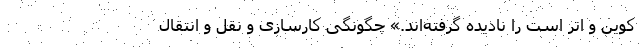
کوین و اتر است را نادیده گرفته‌اند.» چگونگی کارسازی و نقل ‌و انتقال